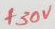
Text: +30V